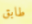
طابق